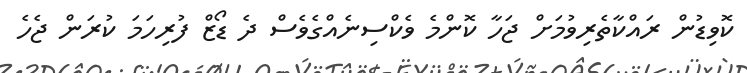
ކޮވިޑުން ރައްކާތެރިވުމަށް ޖަހާ ކޮންމެ ވެކްސިނެއްގެވެސް ދެ ޑޯޒް ފުރިހަމަ ކުރަން ޖެހެ